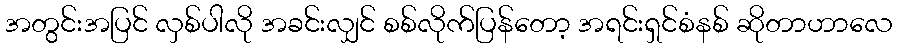
အတွင်းအပြင် လှစ်ပါလို အခင်းလျှင် စစ်လိုက်ပြန်တော့ အရင်းရှင်စံနစ် ဆိုတာဟာလေ